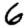
Digit: 6